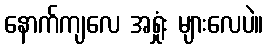
နောက်ကျလေ အရှုံး များလေပဲ။